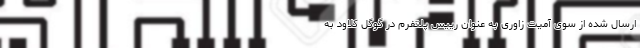
ارسال شده از سوی آمیت زاوری به عنوان رییس پلتفرم در گوگل کلاود به